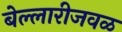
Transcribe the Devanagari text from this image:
बेल्लारीजवळ